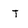
Character: T